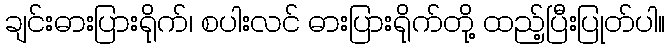
ချင်းဓားပြားရိုက်၊ စပါးလင် ဓားပြားရိုက်တို့ ထည့်ပြီးပြုတ်ပါ။